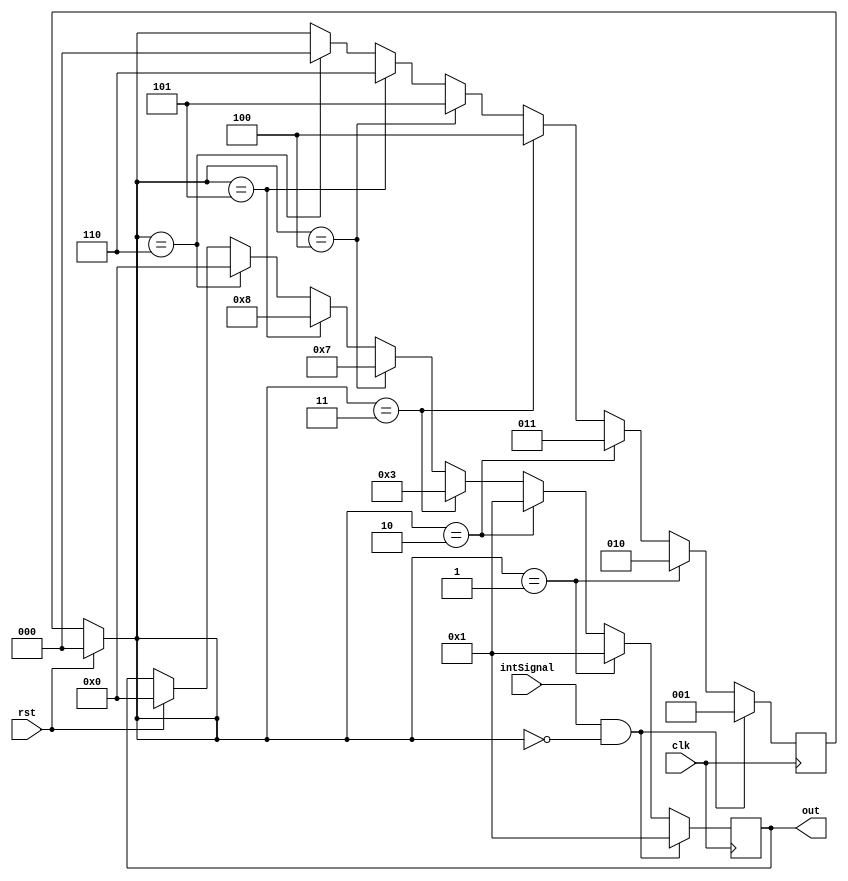
module call_control(intSignal,clk,rst,out);


input intSignal;
input clk,rst;
output reg [3:0]out;
reg [2:0]status;
//reg [2:0]counter;
//reg sig;


always@(posedge clk)begin


    if(rst==1)begin
    status=3'b000;
    out=4'b0;
    //counter=3'b0;
    //sig=1'b1;
    end 

    if(intSignal == 1'b1 && status == 3'b000) begin
    status = 3'b001;
    out = 4'b1;
    end

    else if(status==3'b001)begin
    status = 3'b010;
    out=4'b0001;
    end

    else if(status==3'b010)begin
    status = 3'b011;
    out=4'b0001;
    end

    else if(status==3'b011)begin
    status = 3'b100;
    out=4'b0011;
    end

    //4
    else if(status==3'b100)begin
    status = 3'b101;
    out=4'b0111;
    end
    //5
    else if(status==3'b101)begin
    status = 3'b110;
    out=4'b1000;
    end
    //6
    else if(status==3'b110)begin
    status = 3'b000;
    out=4'b0;
    end

end

endmodule